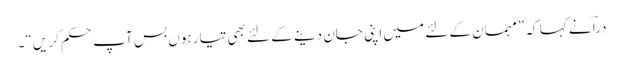
دراؔ نے کہا کہ ”مہمان کے لئے میں اپنی جان دینے کے لئے بھی تیار ہوں بس آپ حکم کریں“۔